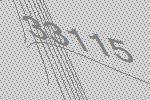
33115